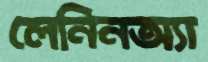
লেনিনঅ্যা